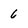
Character: 6